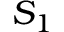
S _ { 1 }